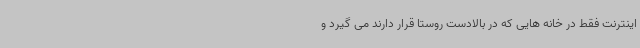
اینترنت فقط در خانه هایی که در بالادست روستا قرار دارند می گیرد و